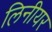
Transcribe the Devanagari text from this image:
लिनीयर